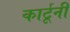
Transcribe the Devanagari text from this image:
कार्टूनी